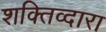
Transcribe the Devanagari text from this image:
शक्तिव्दारा